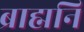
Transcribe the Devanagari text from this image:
ब्राह्मनि